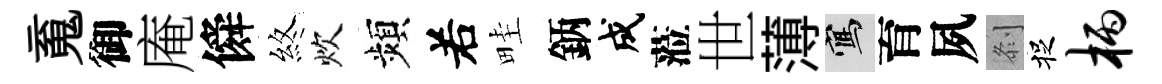
䰟御庵僢煞炊頻𠰥畦鈵成蒞世薄寫育夙𠛴捉柄